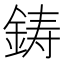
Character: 鋳